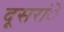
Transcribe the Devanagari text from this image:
दूसरांे